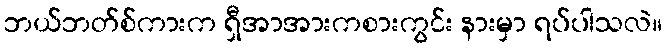
ဘယ်ဘတ်စ်ကားက ရှီအာအားကစားကွင်း နားမှာ ရပ်ပါသလဲ။